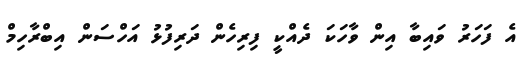
އެ ފަހަރު ވައިބާ އިން ވާހަކަ ދެއްކީ ފިރިހެން ދަރިފުޅު އަހްސަން އިބްރާހިމް